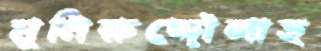
মুনিরুদ্দৌলাহ